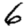
Digit: 6